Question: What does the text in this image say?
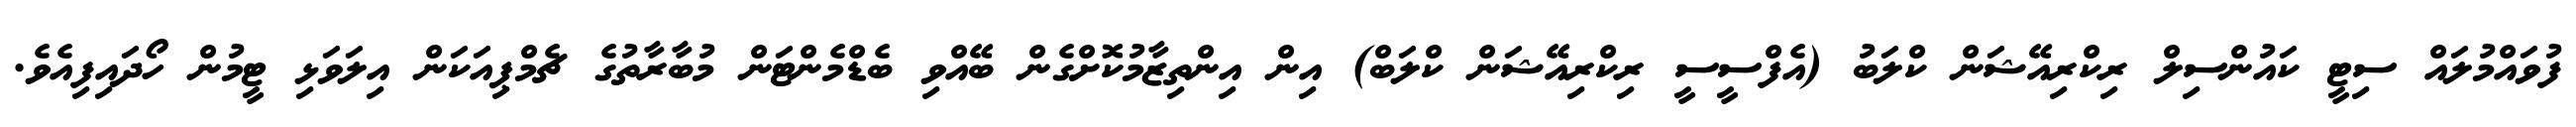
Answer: ފުވައްމުލައް ސިޓީ ކައުންސިލް ރިކްރިއޭޝަން ކްލަބު (އެފްސީސީ ރިކްރިއޭޝަން ކްލަބް) އިން އިންތިޒާމުކޮށްގެން ބޭއްވި ބެޑްމެންޓަން މުބާރާތުގެ ޗެމްޕިއަކަން އިލަވަޅި ޓީމުން ހޯދައިފިއެވެ.